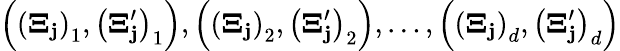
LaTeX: \left(\left(\boldsymbol{\Xi}_{\mathbf{j}}\right)_{1},\left(\boldsymbol{\Xi}_{\mathbf{j}}^{\prime}\right)_{1}\right),\left(\left(\boldsymbol{\Xi}_{\mathbf{j}}\right)_{2},\left(\boldsymbol{\Xi}_{\mathbf{j}}^{\prime}\right)_{2}\right),\ldots,\left(\left(\boldsymbol{\Xi}_{\mathbf{j}}\right)_{d},\left(\boldsymbol{\Xi}_{\mathbf{j}}^{\prime}\right)_{d}\right)